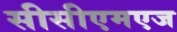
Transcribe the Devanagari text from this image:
सीसीएमएज